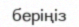
беріңіз